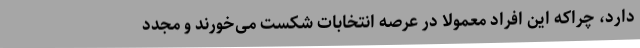
دارد، چراکه این افراد معمولاً در عرصه انتخابات شکست می‌خورند و مجدد